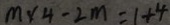
m \times 4 - 2 m = 1 + 4